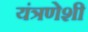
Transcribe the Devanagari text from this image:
यंत्रणेशी